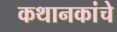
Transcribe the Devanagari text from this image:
कथानकांचे